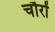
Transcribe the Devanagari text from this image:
चौरों